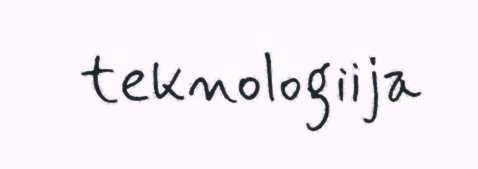
teknologiija